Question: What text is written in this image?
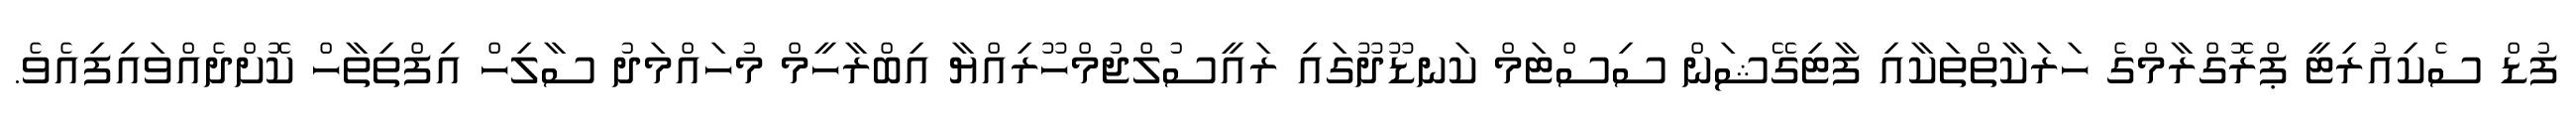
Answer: ފުޑް ސެކިއުރިޓީ ޕްރޮގްރާމްގެ ހަރަކާތްތަކާއި ފާޓިގޭޝަން ސިސްޓަމް ކަނޑޫދޫގައި ރައީސުލްޖުމްހޫރިއްޔާ އިބްރާހީމް މުހައްމަދު ސާލިހް އިފްތިތާހް ކޮށްދެއްވައިފިއެވެ.